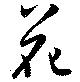
花